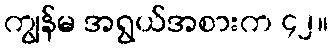
ကျွန်မ အရွယ်အစားက ၄၂။